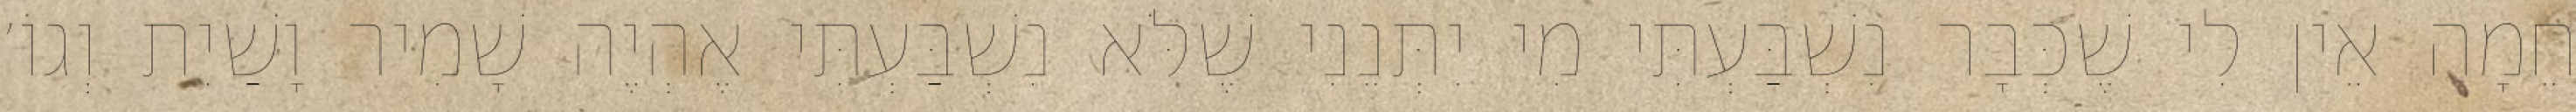
חֵמָה אֵין לִי שֶׁכְּבָר נִשְׁבַּעְתִּי מִי יִתְּנֵנִי שֶׁלֹּא נִשְׁבַּעְתִּי אֶהְיֶה שָׁמִיר וָשַׁיִת וְגוֹ׳